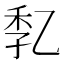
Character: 𠃷